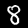
Label: 8